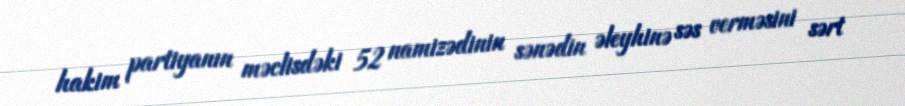
hakim partiyanın məclisdəki 52 namizədinin sənədin əleyhinə səs verməsini sərt